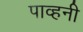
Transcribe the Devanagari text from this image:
पाव्हनी